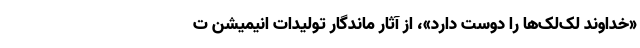
«خداوند لک‌لک‌ها را دوست دارد»، از آثار ماندگار تولیدات انیمیشن ت